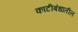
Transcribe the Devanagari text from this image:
काटीबंधातील